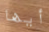
أيها